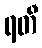
ရတီ